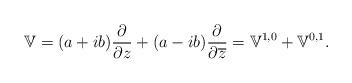
LaTeX: \begin{align*}\mathbb V = (a + i b) \frac {\partial}{\partial z} + (a - i b) \frac {\partial}{\partial \overline z} = \mathbb V^{1,0} + \mathbb V^{0,1}.\end{align*}